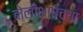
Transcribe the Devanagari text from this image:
बोलीभाषेच्या